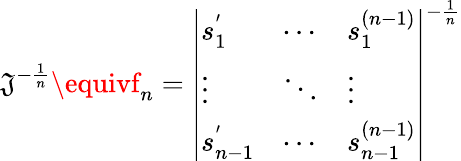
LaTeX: \mathfrak{J}^{-{\frac{{1}}{{n}}}}\equivf_{n}=\left|\begin{array}{lll}{{s_{1}^{'}}}&{{\cdots}}&{{s_{1}^{(n-1)}}}\\ {{\vdots}}&{{\ddots}}&{{\vdots}}\\ {{s_{n-1}^{'}}}&{{\cdots}}&{{s_{n-1}^{(n-1)}}}\end{array}\right|^{-{\frac{{1}}{{n}}}}